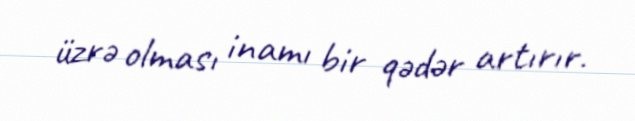
üzrə olması inamı bir qədər artırır.